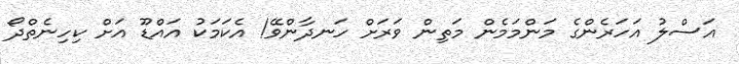
އަސްލު އަހަރެންގެ މަންމަމެން މަތިން ވަރަށް ހަނދާންވޭ! އެކަމަކު އައްޑޫ އަށް ކިހިނެތްދޯ